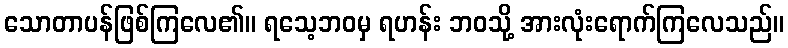
သောတာပန်ဖြစ်ကြလေ၏။ ရသေ့ဘဝမှ ရဟန်း ဘဝသို့ အားလုံးရောက်ကြလေသည်။